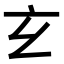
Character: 𤣥